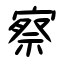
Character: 察